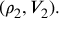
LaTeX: ( \rho _ { 2 } , V _ { 2 } ) .